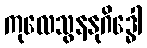
ကုလေသွနနုဂိဒ္ဓေါ